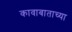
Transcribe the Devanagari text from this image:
कावाबाताच्या